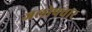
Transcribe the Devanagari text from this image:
जलोपचार